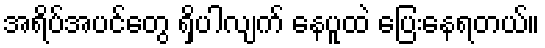
အရိပ်အပင်တွေ ရှိပါလျက် နေပူထဲ ပြေးနေရတယ်။